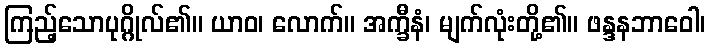
ကြည့်သောပုဂ္ဂိုလ်၏။ ယာဝ၊ လောက်။ အက္ခီနံ၊ မျက်လုံးတို့၏။ ဖန္ဒနဘာဝေါ၊